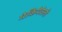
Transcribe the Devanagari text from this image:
मेकियेवेली